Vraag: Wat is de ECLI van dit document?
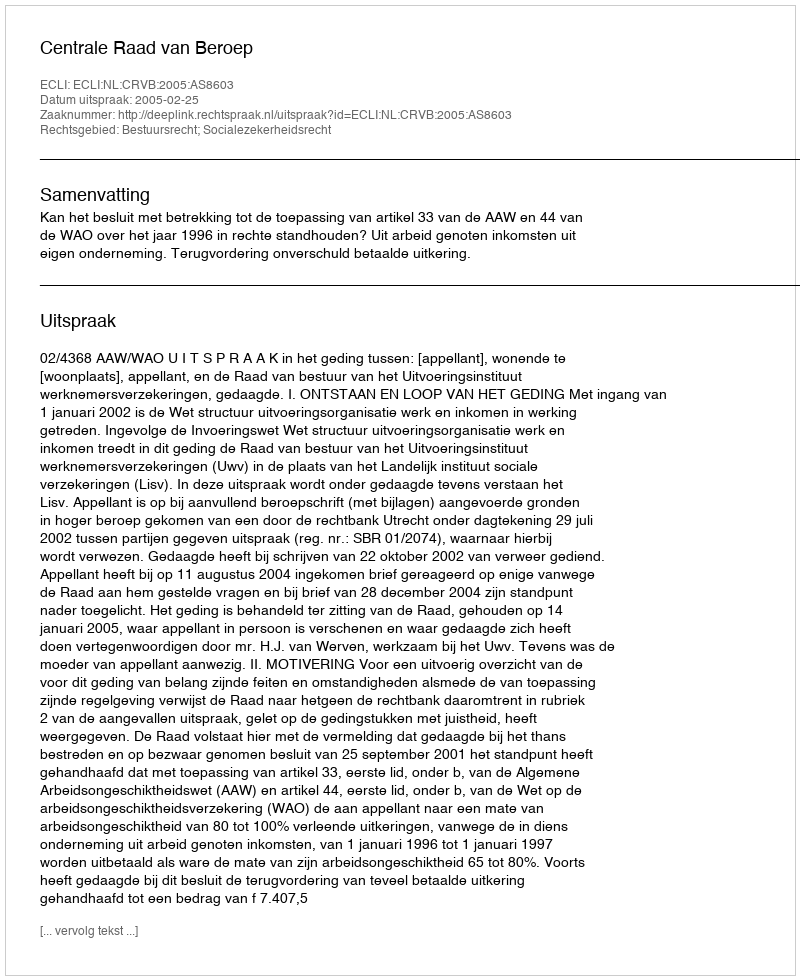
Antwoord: ECLI:NL:CRVB:2005:AS8603